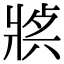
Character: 𤖈